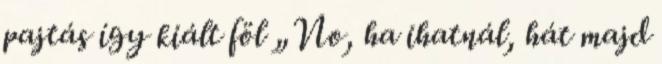
pajtás így kiált föl „No, ha ihatnál, hát majd